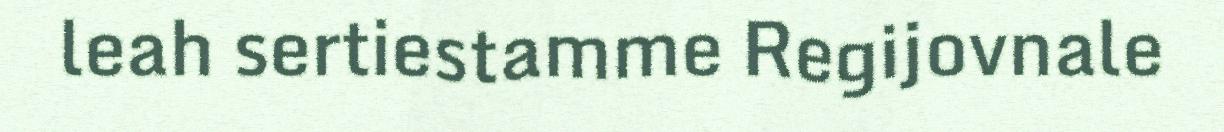
leah sertiestamme Regijovnale